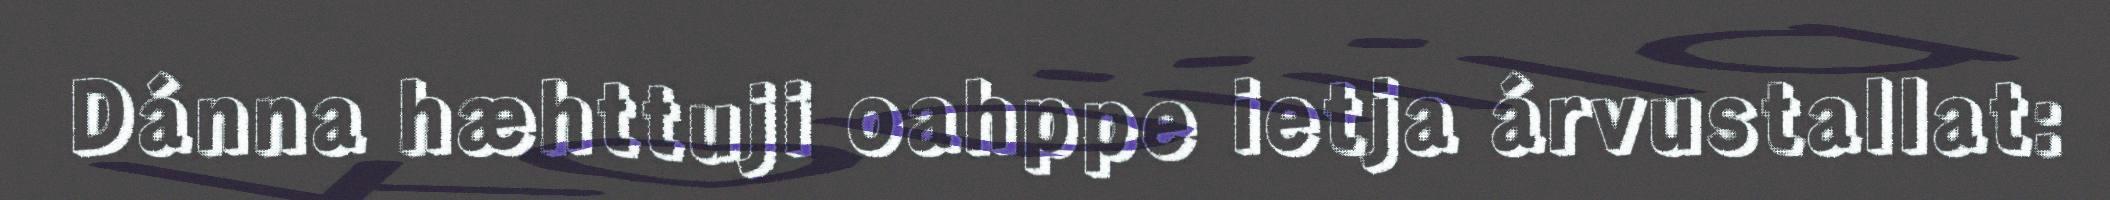
Dánna hæhttuji oahppe ietja árvustallat: